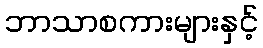
ဘာသာစကားများနှင့်